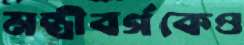
মন্ত্রীবর্গকেও